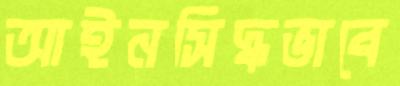
আইনসিদ্ধভাবে